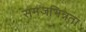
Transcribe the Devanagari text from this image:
समजभिन्नता